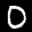
Label: 0